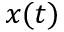
x ( t )